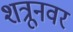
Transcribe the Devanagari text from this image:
शत्रूनवर